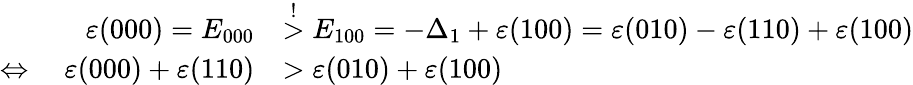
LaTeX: \begin{array}{rl}{\varepsilon(000)=E_{000}}&{\stackrel{!}{>}E_{100}=-\Delta_{1}+\varepsilon(100)=\varepsilon(010)-\varepsilon(110)+\varepsilon(100)}\\ {\Leftrightarrow\quad\varepsilon(000)+\varepsilon(110)}&{>\varepsilon(010)+\varepsilon(100)}\end{array}